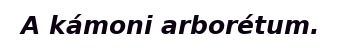
A kámoni arborétum.